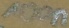
Text: 100n